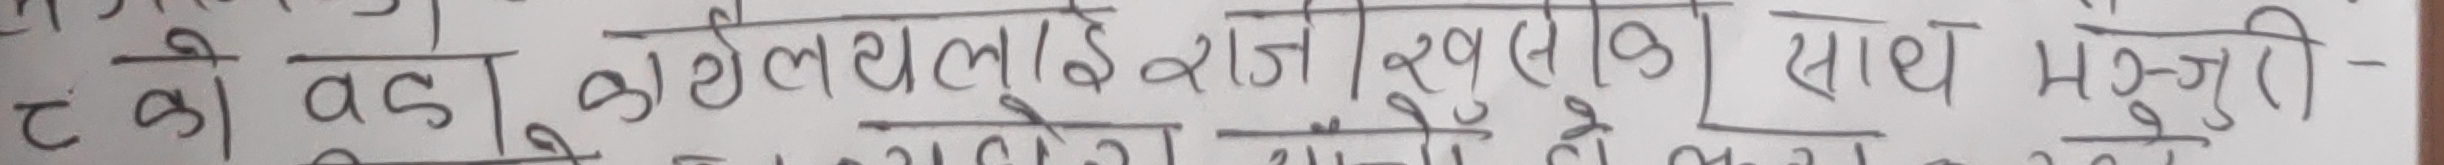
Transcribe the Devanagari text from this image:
ट को वडा कार्यालय खुल्ने साथ मञ्जुरी -